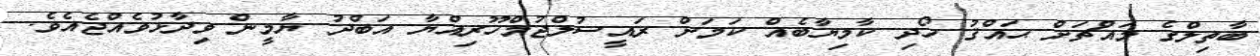
ބާތިލްގެ މައްޗަށް ޙައްޤު ހޯދި ކާމިޔާބެއް ކަމަށް ރައީސުލްޖުމްހޫރިއްޔާ އަބްދު ޔާމީން ވިދާޅުވެއްޖެއެވެ.